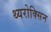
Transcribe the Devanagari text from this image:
थ्यरोक्सिन